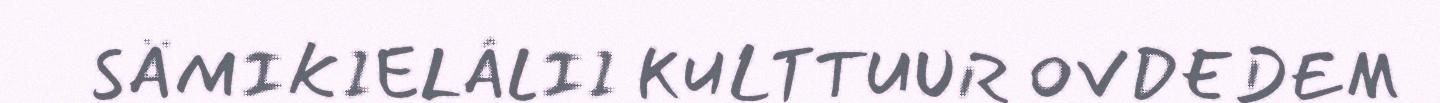
SÄMIKIELÂLII KULTTUUR OVDEDEM